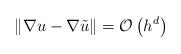
LaTeX: \begin{align*}\Vert\nabla u-\nabla\tilde{u}\Vert=\mathbb{\mathcal{O}}\left(h^{d}\right)\end{align*}